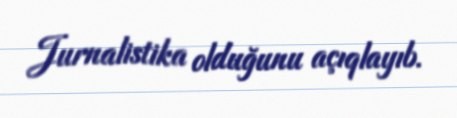
Jurnalistika olduğunu açıqlayıb.